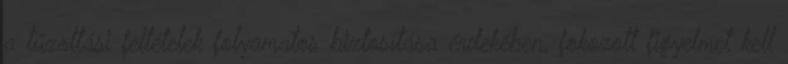
a tűzoltási feltételek folyamatos biztosítása érdekében, fokozott figyelmet kell